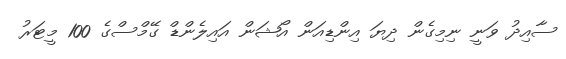
ސާއިދު ވަނީ ނިމިގެން ދިޔަ އިންޑިއަން އޯޝަން އައިލެންޑް ގޭމްސްގެ 100 މީޓަރު